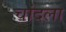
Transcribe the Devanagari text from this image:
चांदला